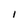
Character: 1